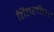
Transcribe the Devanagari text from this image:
तितलीघर